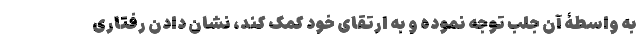
به واسطۀ آن جلب توجه نموده و به ارتقای خود کمک کند، نشان دادن رفتاری